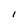
Character: 1